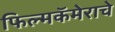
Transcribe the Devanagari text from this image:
फिल्मकॅमेराचे